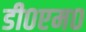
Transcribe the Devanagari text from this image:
डी०एम०